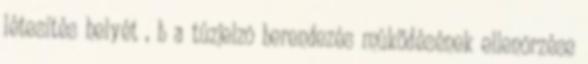
létesítés helyét , b a tûzjelzõ berendezés mûködésének ellenõrzése